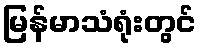
မြန်မာသံရုံးတွင်